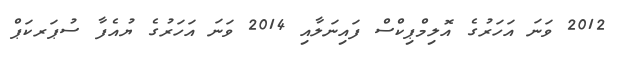
2012 ވަނަ އަހަރުގެ އޮލިމްޕިކްސް ފައިނަލާއި 2014 ވަނަ އަހަރުގެ ޔުއެފާ ސުޕަރކަޕް